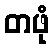
တဖုံ